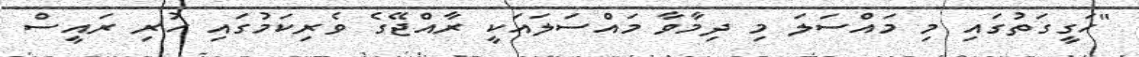
"ހަގީގަތުގައި މި މައްސަލަ މި ދިމާވާ މައްސަލައަކީ ރާއްޖޭގެ ވެރިކަމުގައި ހުރި ރައީސް